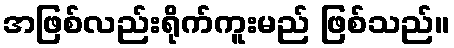
အဖြစ်လည်းရိုက်ကူးမည် ဖြစ်သည်။